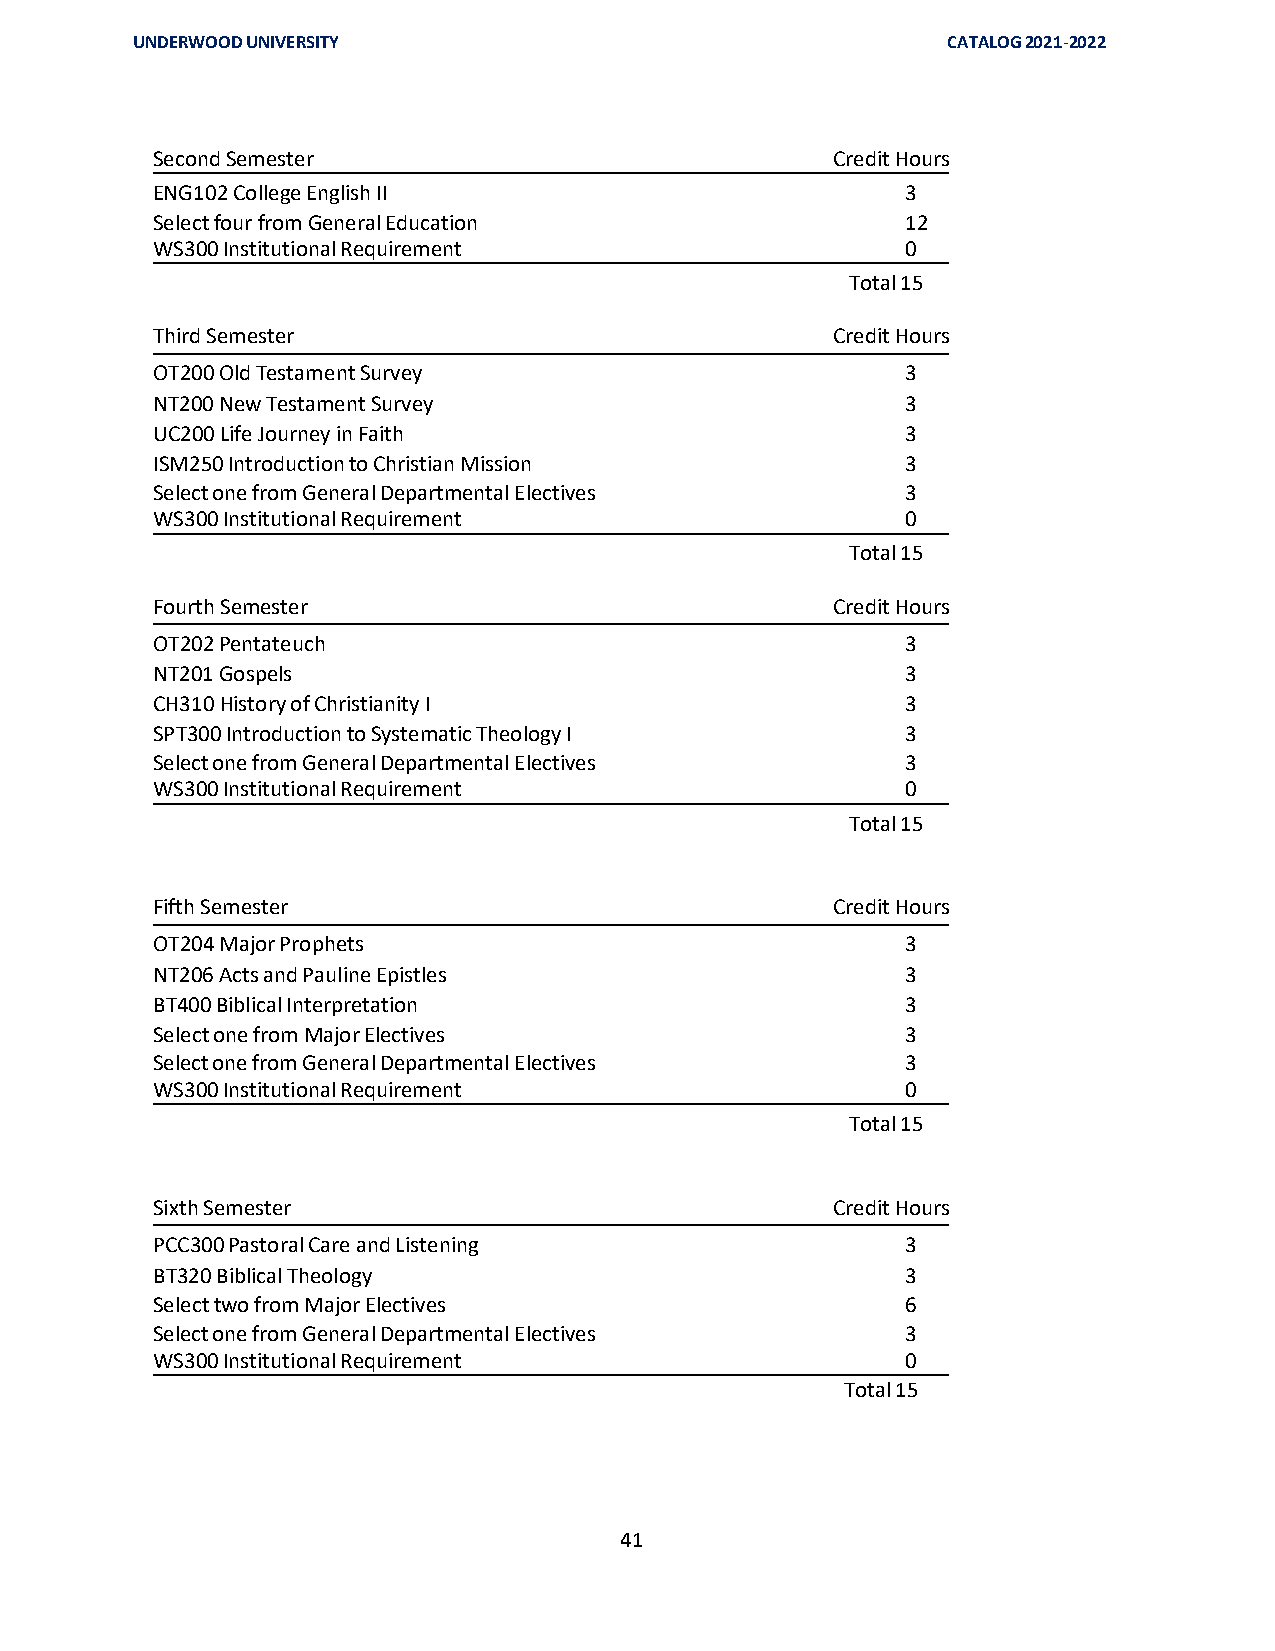
UNDERWOOD UNIVERSITY                                  CATALOG 2021-2022
 Second Semester                              Credit Hours
 ENG102 College English II                         3
 Select four from General Education                12
 WS300 Institutional Requirement                   0
 Total 15
 Third Semester                               Credit Hours
 OT200 Old Testament Survey                        3
 NT200 New Testament Survey                        3
 UC200 Life Journey in Faith                       3
 ISM250 Introduction to Christian Mission          3
 Select one from General Departmental Electives    3
 WS300 Institutional Requirement                   0
 Total 15
 Fourth Semester                              Credit Hours
 OT202 Pentateuch                                  3
 NT201 Gospels                                     3
 CH310 History of Christianity I                   3
 SPT300 Introduction to Systematic Theology I      3
 Select one from General Departmental Electives    3
 WS300 Institutional Requirement                   0
 Total 15
 Fifth Semester                               Credit Hours
 OT204 Major Prophets                              3
 NT206 Acts and Pauline Epistles                   3
 BT400 Biblical Interpretation                     3
 Select one from Major Electives                   3
 Select one from General Departmental Electives    3
 WS300 Institutional Requirement                   0
 Total 15
 Sixth Semester                               Credit Hours
 PCC300 Pastoral Care and Listening                3
 BT320 Biblical Theology                           3
 Select two from Major Electives                   6
 Select one from General Departmental Electives    3
 WS300 Institutional Requirement                   0
 Total 15
 41